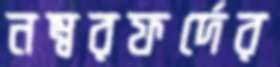
নম্বরফর্দের